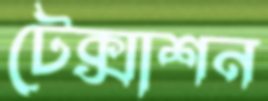
টেক্সাশন